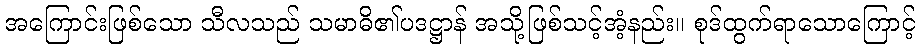
အကြောင်းဖြစ်သော သီလသည် သမာဓိ၏ပဒဋ္ဌာန် အသို့ဖြစ်သင့်အံ့နည်း။ စုဒ်ထွက်ရာသောကြောင့်